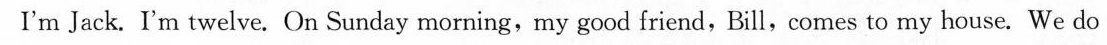
I'm Jack. I'm twelve. On Sunday morning,my good friend, Bill,comes to my house. We do